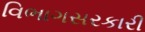
વિભાગસરકારી